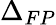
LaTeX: \Delta_{FP}